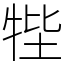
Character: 𤙞